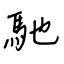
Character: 馳